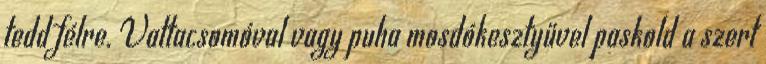
tedd félre. Vattacsomóval vagy puha mosdókesztyűvel paskold a szert